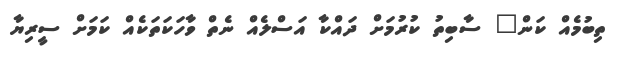
ތިބުމެއް ކަން" ސާބިތު ކުރުމަށް ދައްކާ އަސްލެއް ނެތް ވާހަކަތަކެއް ކަމަށް ސީރިޔާ